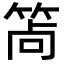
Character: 𥭩